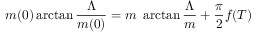
m ( 0 ) \arctan \frac { \Lambda } { m ( 0 ) } = m \ \arctan \frac { \Lambda } { m } + \frac { \pi } { 2 } f ( T )